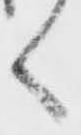
く